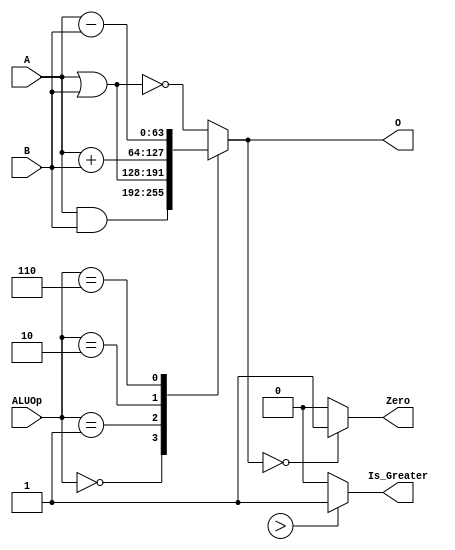
module ALU_64_bit
(
    input      [63:0] A,
    input      [63:0] B,
    input      [ 3:0] ALUOp, 
    output reg [63:0] O,
    output reg        Zero,
    output reg        Is_Greater
);

    always@(*)
        begin
            
            case (ALUOp)
                4'd0:     O <=  A  &  B; 
                4'd1:     O <=  A  |  B; 
                4'd2:     O <=  A  +  B; 
                4'd6:     O <=  A  -  B; 
                default:  O <= ~(A | B);
            endcase
            
            // if (O == 64'd0)
            //     Zero = 1'b1;
            
            // else
            //     Zero = 1'b0;
            
            Zero = (O == 64'd0) ? 1'b1 : 1'b0;

            Is_Greater = (a > b) ? 1'b1 : 1'b0;
                        
        end
endmodule